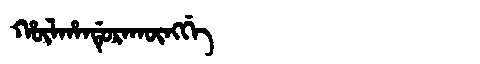
Manchu: ᡥᡡᠯᡥᠠᠨᡩᡠᡵᠠᡴᡡᠩᡤᡝ
Romanization: HŪLHANDURAKŪNGGE